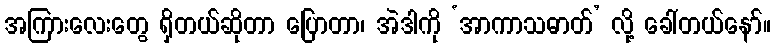
အကြားလေးတွေ ရှိတယ်ဆိုတာ ပြောတာ၊ အဲဒါကို ‘အာကာသဓာတ်’ လို့ ခေါ်တယ်နော်။